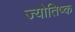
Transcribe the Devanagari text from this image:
ज्योतिष्क